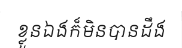
ខ្លួនឯងក៏មិនបានដឹង